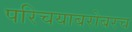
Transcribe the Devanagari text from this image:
परिचयाबरोबरच